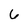
Character: 6